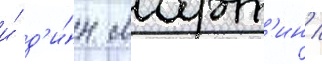
и́ д'и́н март'ин /